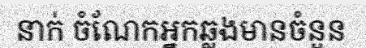
នាក់ ចំណែកអ្នកឆ្លងមានចំនួន